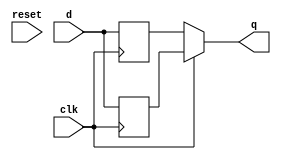
`timescale 1ns / 1ps

module dual_edge_trig_ff(
    input clk, reset, d,
    output q
    );
    reg q1, q2;
    
    assign q = clk ? q1 : q2;
    
    always@ (posedge clk)
        begin
            if(reset) q1<= 1'b0;
            q1 <= d;
        end
    
    always@ (negedge clk)
        begin
            if(reset) q2<= 1'b0;
            q2 <= d; 
        end

endmodule